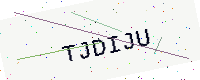
Text: TJDIJU